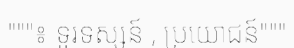
"""៖ ទូរទស្សន៍ , ប្រយោជន៍"""